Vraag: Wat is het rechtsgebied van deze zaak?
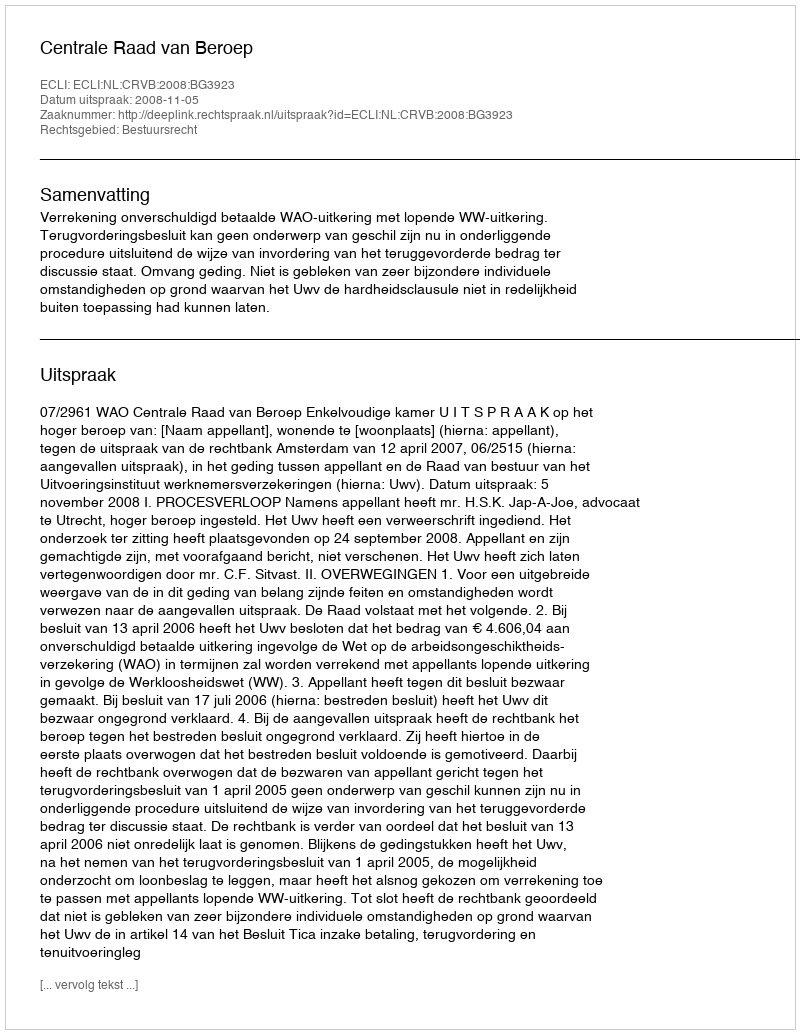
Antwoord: Bestuursrecht